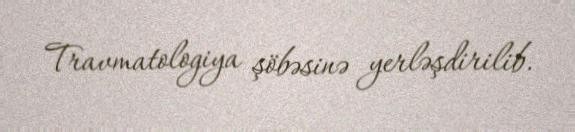
Travmatologiya şöbəsinə yerləşdirilib.